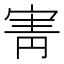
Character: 寈